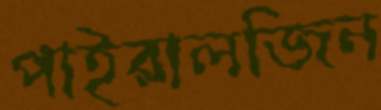
পাইরালজিন